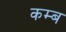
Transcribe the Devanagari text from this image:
कम्ब